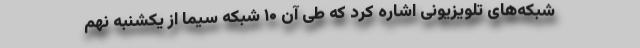
شبکه‌های تلویزیونی اشاره کرد که طی آن ۱۰ شبکه سیما از یکشنبه نهم